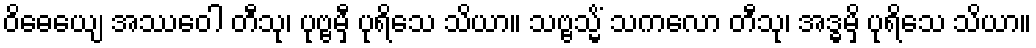
ဝိဓေယျေ အဿဝေါ တီသု၊ ပုဗ္ဗမှီ ပုရိသေ သိယာ။ သဗ္ဗသ္မိံ သကလော တီသု၊ အဒ္ဓမှိ ပုရိသေ သိယာ။